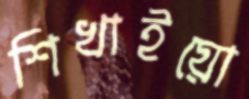
শিখাইয়ো